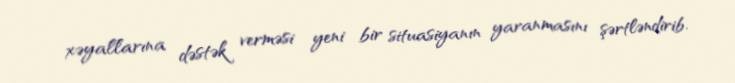
xəyallarına dəstək verməsi yeni bir situasiyanın yaranmasını şərtləndirib.